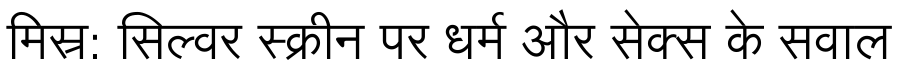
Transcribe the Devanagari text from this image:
मिस्र: सिल्वर स्क्रीन पर धर्म और सेक्स के सवाल